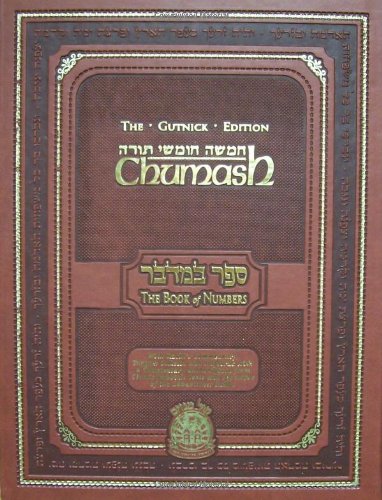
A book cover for Chumash: The Gutnick Edition - Book of Numbers - Kol Menachem (Full Size) (Hebrew Edition); Rabbi Chaim Miller; Religion & Spirituality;